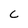
Character: C